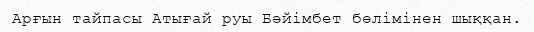
Арғын тайпасы Атығай руы Бәйімбет бөлімінен шыққан.